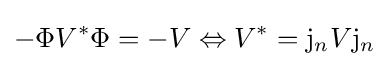
-\Phi V^{*}\Phi =-V\Leftrightarrow V^{*}=\mathrm {j} _{n}V\mathrm {j} _{n}